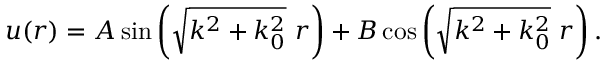
u ( r ) = A \sin \left( \sqrt { k ^ { 2 } + k _ { 0 } ^ { 2 } } \ r \right) + B \cos \left( \sqrt { k ^ { 2 } + k _ { 0 } ^ { 2 } } \ r \right) .